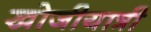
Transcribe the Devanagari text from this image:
खोजीयात्री